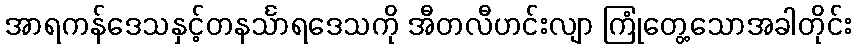
အာရကန်ဒေသနှင့်တနင်္သာရဒေသကို အီတလီဟင်းလျာ ကြုံတွေ့သောအခါတိုင်း